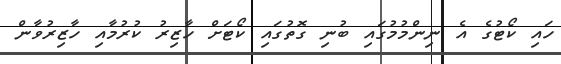
ހައި ކޯޓުގެ އެ ނިންމުމުގައި ބުނި ގޮތުގައި ކޯޓަށް ހާޒިރު ކުރުމާއި ހާޒިރުވާން